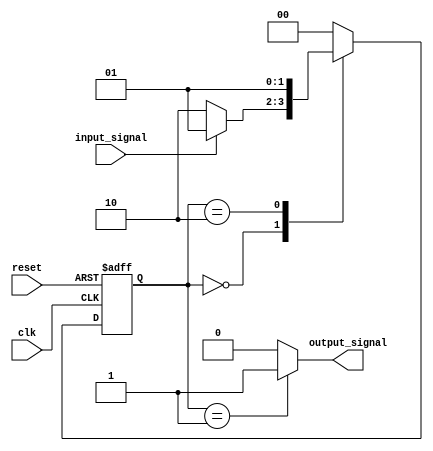
module moore_state_machine (
    input wire clk,
    input wire reset,
    input wire input_signal,
    output reg output_signal
);

// Define states
parameter STATE_A = 2'b00;
parameter STATE_B = 2'b01;
parameter STATE_C = 2'b10;

// State register
reg [1:0] current_state, next_state;

// State transition logic
always @(posedge clk or posedge reset) begin
    if (reset) begin
        current_state <= STATE_A;
    end else begin
        current_state <= next_state;
    end
end

// Output logic
always @(*) begin
    case (current_state)
        STATE_A: begin
            next_state = input_signal ? STATE_B : STATE_C;
            output_signal = 0;
        end
        STATE_B: begin
            next_state = STATE_A;
            output_signal = 1;
        end
        STATE_C: begin
            next_state = STATE_B;
            output_signal = 0;
        end
        default: begin
            next_state = STATE_A;
            output_signal = 0;
        end
    endcase
end

endmodule